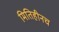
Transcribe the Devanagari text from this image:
मितिहीनच